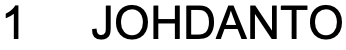
1  JOHDANTO